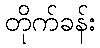
တိုက်ခန်း